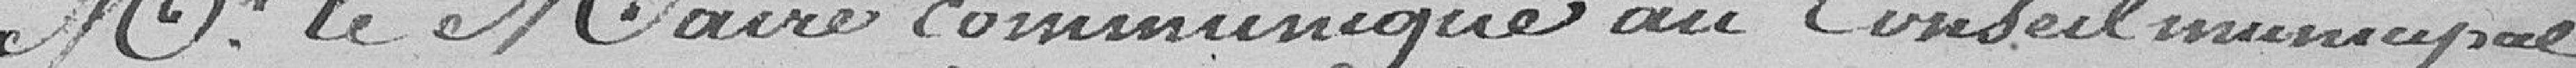
Monsieur le maire communique au conseil municipal